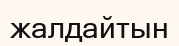
жалдайтын